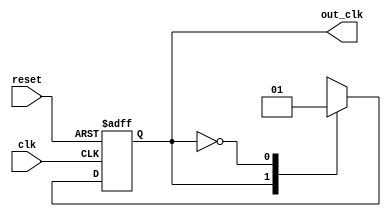
`timescale 1ns / 1ps
//////////////////////////////////////////////////////////////////////////////////
// Company: 
// Engineer: 
// 
// Design Name: 
// Module Name:    retardador 
// Project Name: 
// Target Devices: 
// Tool versions: 
// Description: reduce la frecuencia de Clock a la mitad.
//
// Dependencies: 
//
// Revision: 
// Revision 0.01 - File Created
// Additional Comments: 
//
//////////////////////////////////////////////////////////////////////////////////
module retardador(
	input wire clk, reset,
	output wire out_clk
    );

	// symbolic state declaration
	localparam 
		high = 1'b1,
		low	= 1'b0;
	
	// signal declaration	
	reg state_reg, state_next;

	// body
	// FSMD state & data registers
	always @ (posedge clk, posedge reset)
		if(reset)
			state_reg <= high;
		else
			state_reg <= state_next;
			
	// FSMD next-state logic
	always @*
	begin
		state_next = state_reg ;
		
		case (state_reg)
			high:
				state_next = low;
			low:
				state_next = high;
				
			default: state_next = low;
		endcase
	end
	
	//output
	assign out_clk = state_reg;
	
endmodule